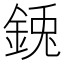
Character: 𮡺